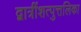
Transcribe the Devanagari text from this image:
द्वात्रींशत्पुत्तलिका